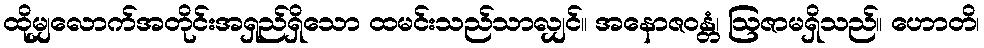
ထိုမျှလောက်အတိုင်းအရှည်ရှိသော ထမင်းသည်သာလျှင်။ အနောဇဝန္တံ၊ ဩဇာမရှိသည်။ ဟောတိ၊